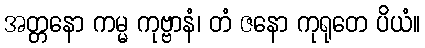
အတ္တနော ကမ္မ ကုဗ္ဗာနံ၊ တံ ဇနော ကုရုတေ ပိယံ။